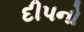
દીપનો